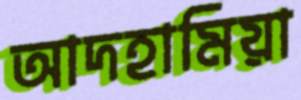
আদহামিয়া